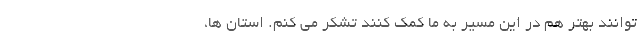
توانند بهتر هم در این مسیر به ما کمک کنند تشکر می کنم. استان ها،